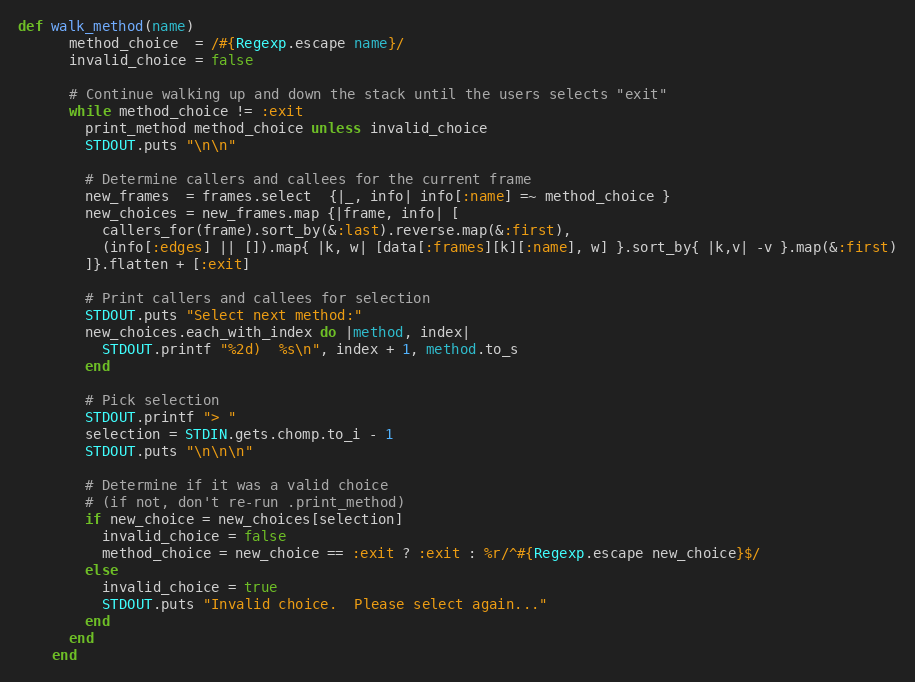
Language: Ruby
def walk_method(name)
      method_choice  = /#{Regexp.escape name}/
      invalid_choice = false

      # Continue walking up and down the stack until the users selects "exit"
      while method_choice != :exit
        print_method method_choice unless invalid_choice
        STDOUT.puts "\n\n"

        # Determine callers and callees for the current frame
        new_frames  = frames.select  {|_, info| info[:name] =~ method_choice }
        new_choices = new_frames.map {|frame, info| [
          callers_for(frame).sort_by(&:last).reverse.map(&:first),
          (info[:edges] || []).map{ |k, w| [data[:frames][k][:name], w] }.sort_by{ |k,v| -v }.map(&:first)
        ]}.flatten + [:exit]

        # Print callers and callees for selection
        STDOUT.puts "Select next method:"
        new_choices.each_with_index do |method, index|
          STDOUT.printf "%2d)  %s\n", index + 1, method.to_s
        end

        # Pick selection
        STDOUT.printf "> "
        selection = STDIN.gets.chomp.to_i - 1
        STDOUT.puts "\n\n\n"

        # Determine if it was a valid choice
        # (if not, don't re-run .print_method)
        if new_choice = new_choices[selection]
          invalid_choice = false
          method_choice = new_choice == :exit ? :exit : %r/^#{Regexp.escape new_choice}$/
        else
          invalid_choice = true
          STDOUT.puts "Invalid choice.  Please select again..."
        end
      end
    end